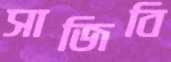
সাজিবি